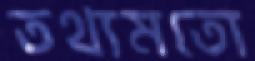
তথ্যমতো